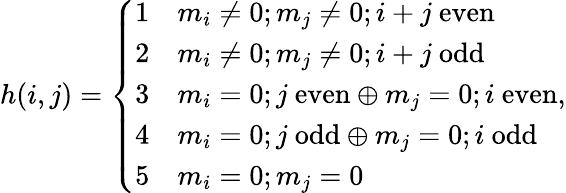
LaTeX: h(i,j)=\left\{ \begin{array}{ll}{1}&{m_{i}\neq 0;m_{j}\neq 0;i+j\mathrm{~even}}\\ {2}&{m_{i}\neq 0;m_{j}\neq 0;i+j\mathrm{~odd}}\\ {3}&{m_{i}=0;j\mathrm{~even}\oplus m_{j}=0;i\mathrm{~even}}\\ {4}&{m_{i}=0;j\mathrm{~odd}\oplus m_{j}=0;i\mathrm{~odd}}\\ {5}&{m_{i}=0;m_{j}=0}\end{array}\right.,